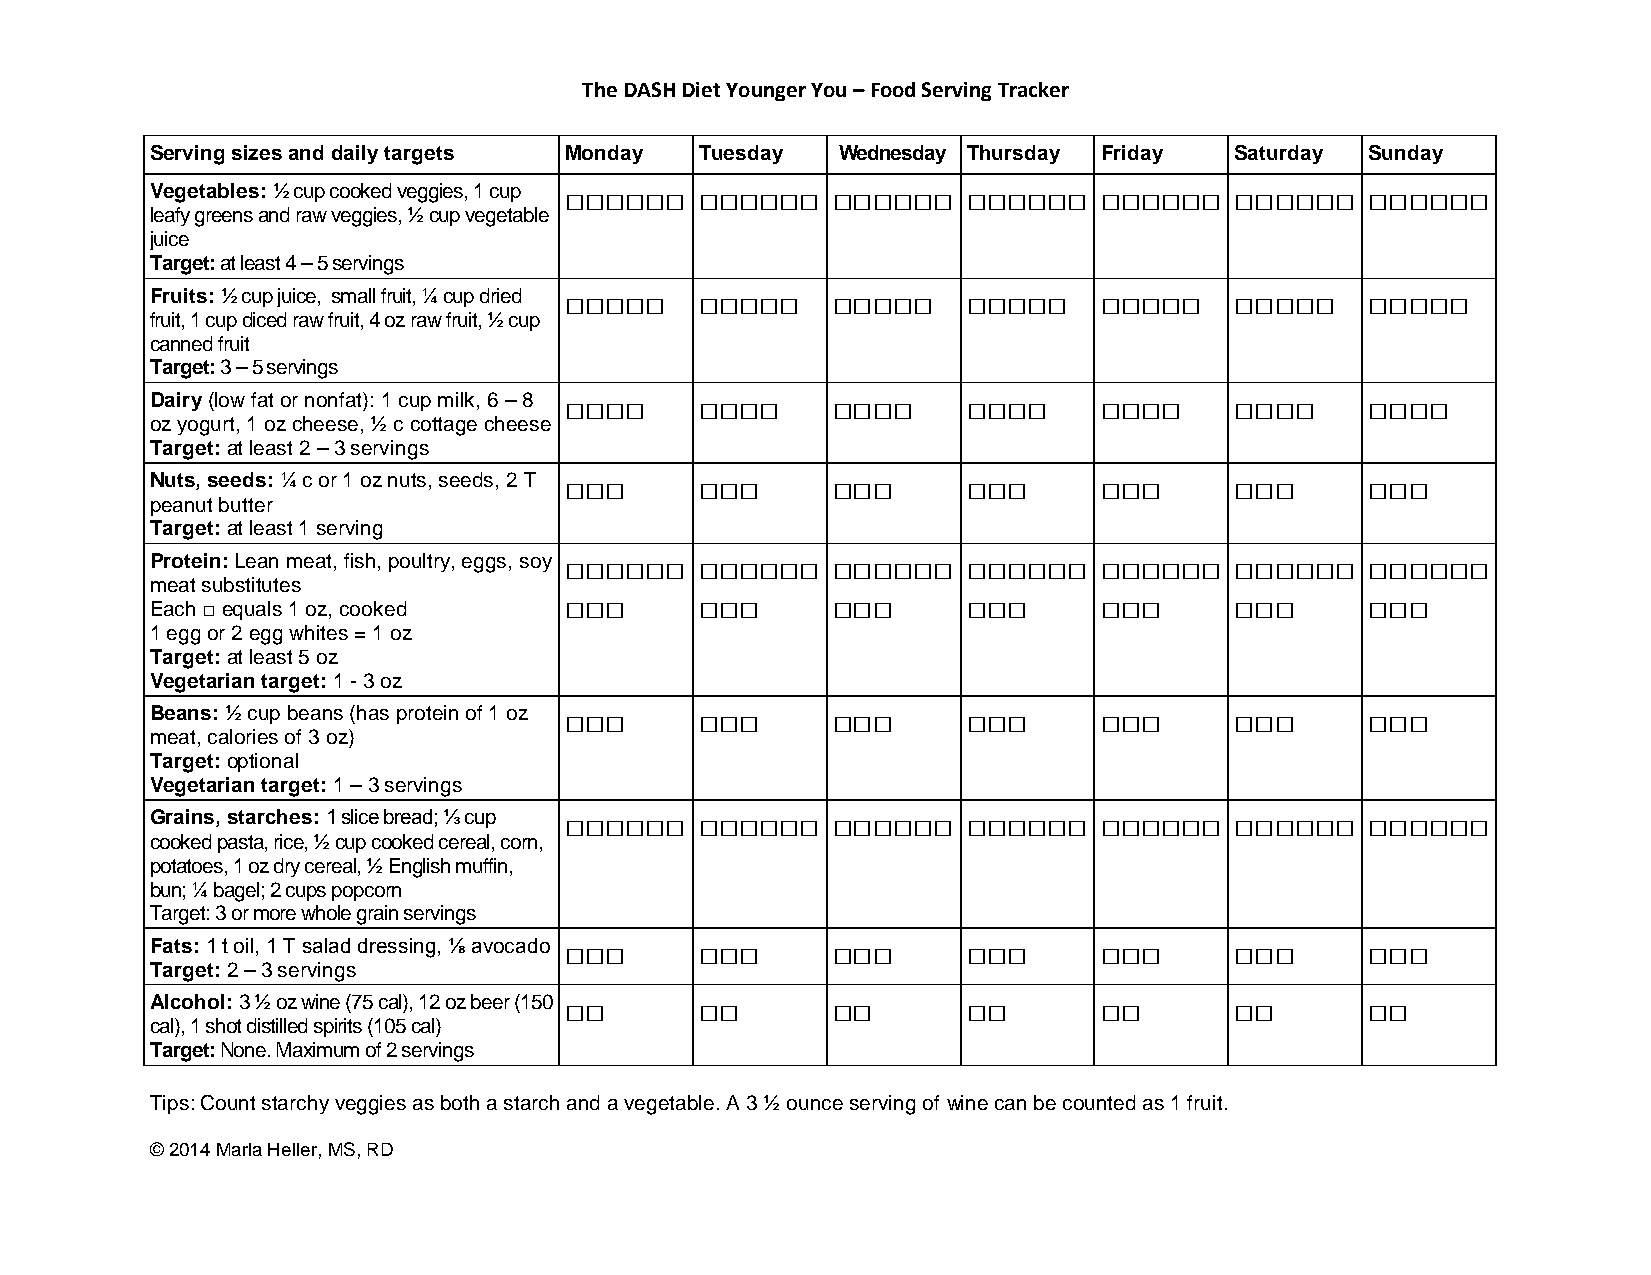
The DASH Diet Younger You – Food Serving Tracker
 Serving sizes and daily targets Monday Tuesday Wednesday Thursday Friday Saturday Sunday
 Vegetables: ½ cup cooked veggies, 1 cup □□□□□□ □□□□□□ □□□□□□ □□□□□□ □□□□□□ □□□□□□ □□□□□□
 leafy greens and raw veggies, ½ cup vegetable
 juice
 Target: at least 4 – 5 servings
 Fruits: ½ cup juice, small fruit, ¼ cup dried □□□□□ □□□□□ □□□□□ □□□□□ □□□□□ □□□□□ □□□□□
 fruit, 1 cup diced raw fruit, 4 oz raw fruit, ½ cup
 canned fruit
 Target: 3 – 5 servings
 Dairy (low fat or nonfat): 1 cup milk, 6 – 8 □□□□ □□□□ □□□□ □□□□ □□□□   □□□□     □□□□
 oz yogurt, 1 oz cheese, ½ c cottage cheese
 Target: at least 2 – 3 servings
 Nuts, seeds: ¼ c or 1 oz nuts, seeds, 2 T □□□ □□□ □□□ □□□      □□□      □□□      □□□
 peanut butter
 Target: at least 1 serving
 Protein: Lean meat, fish, poultry, eggs, soy □□□□□□ □□□□□□ □□□□□□ □□□□□□ □□□□□□ □□□□□□ □□□□□□
 meat substitutes
 □□□      □□□      □□□      □□□      □□□      □□□      □□□
 Each □ equals 1 oz, cooked
 1 egg or 2 egg whites = 1 oz
 Target: at least 5 oz
 Vegetarian target: 1 - 3 oz
 Beans: ½ cup beans (has protein of 1 oz □□□ □□□ □□□   □□□      □□□      □□□      □□□
 meat, calories of 3 oz)
 Target: optional
 Vegetarian target: 1 – 3 servings
 Grains, starches: 1 slice bread; ⅓ cup □□□□□□ □□□□□□ □□□□□□ □□□□□□ □□□□□□ □□□□□□ □□□□□□
 cooked pasta, rice, ½ cup cooked cereal, corn,
 potatoes, 1 oz dry cereal, ½ English muffin,
 bun; ¼ bagel; 2 cups popcorn
 Target: 3 or more whole grain servings
 Fats: 1 t oil, 1 T salad dressing, ⅛ avocado □□□ □□□ □□□ □□□   □□□      □□□      □□□
 Target: 2 – 3 servings
 Alcohol: 3 ½ oz wine (75 cal), 12 oz beer (150 □□ □□ □□ □□     □□       □□       □□
 cal), 1 shot distilled spirits (105 cal)
 Target: None. Maximum of 2 servings
 Tips: Count starchy veggies as both a starch and a vegetable. A 3 ½ ounce serving of wine can be counted as 1 fruit.
 © 2014 Marla Heller, MS, RD